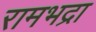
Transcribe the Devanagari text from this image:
रामभद्रा